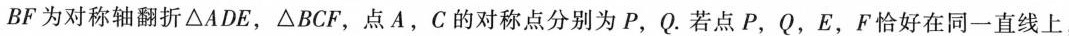
BF为对称轴翻折\triangle ADE，\triangle BCF，点A，C的对称点分别为P，Q。若点P，Q，E，F恰好在同一直线上，